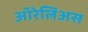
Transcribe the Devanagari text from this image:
ऑरेलिअस